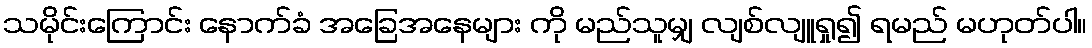
သမိုင်းကြောင်း နောက်ခံ အခြေအနေများ ကို မည်သူမျှ လျစ်လျူရှု၍ ရမည် မဟုတ်ပါ။